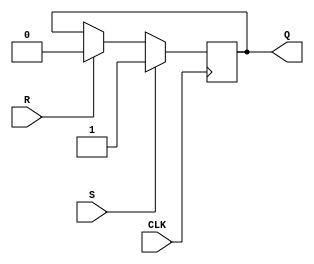
module sr_flip_flop(
    input wire S, // Set input
    input wire R, // Reset input
    input wire CLK, // Clock input
    output reg Q // Output
);

always @ (posedge CLK) begin
    if (S) begin
        Q <= 1'b1;
    end
    else if (R) begin
        Q <= 1'b0;
    end
end

endmodule